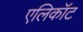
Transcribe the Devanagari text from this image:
एलिकॉट